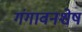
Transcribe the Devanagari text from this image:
गंगावनशेष